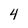
Character: 4